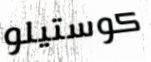
كوستيلو